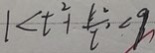
1 < t ^ { 2 } + \frac { k ^ { 2 } } { t ^ { 2 } } < 9